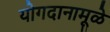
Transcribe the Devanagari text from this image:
योगदानामूळे